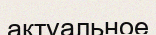
актуальное